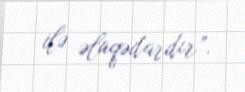
ilə əlaqədardır”.